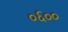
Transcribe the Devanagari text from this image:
०६००